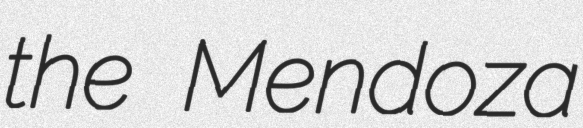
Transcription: the Mendoza